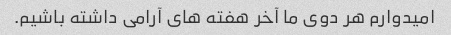
امیدوارم هر دوی ما آخر هفته های آرامی داشته باشیم.